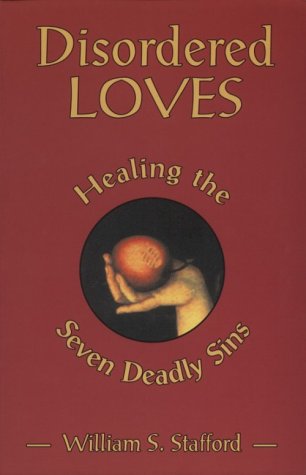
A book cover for Disordered Loves: Healing the Seven Deadly Sins; William S. Stafford; Christian Books & Bibles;